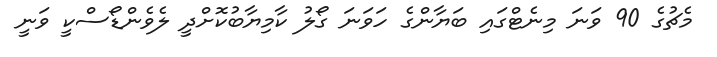
މެޗުގެ 90 ވަނަ މިނެޓްގައި ބަޔާންގެ ހަވަނަ ގޯލު ކާމިޔާބުކޮށްދީ ލެވެންޑޯސްކީ ވަނީ